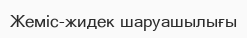
Жеміс-жидек шаруашылығы